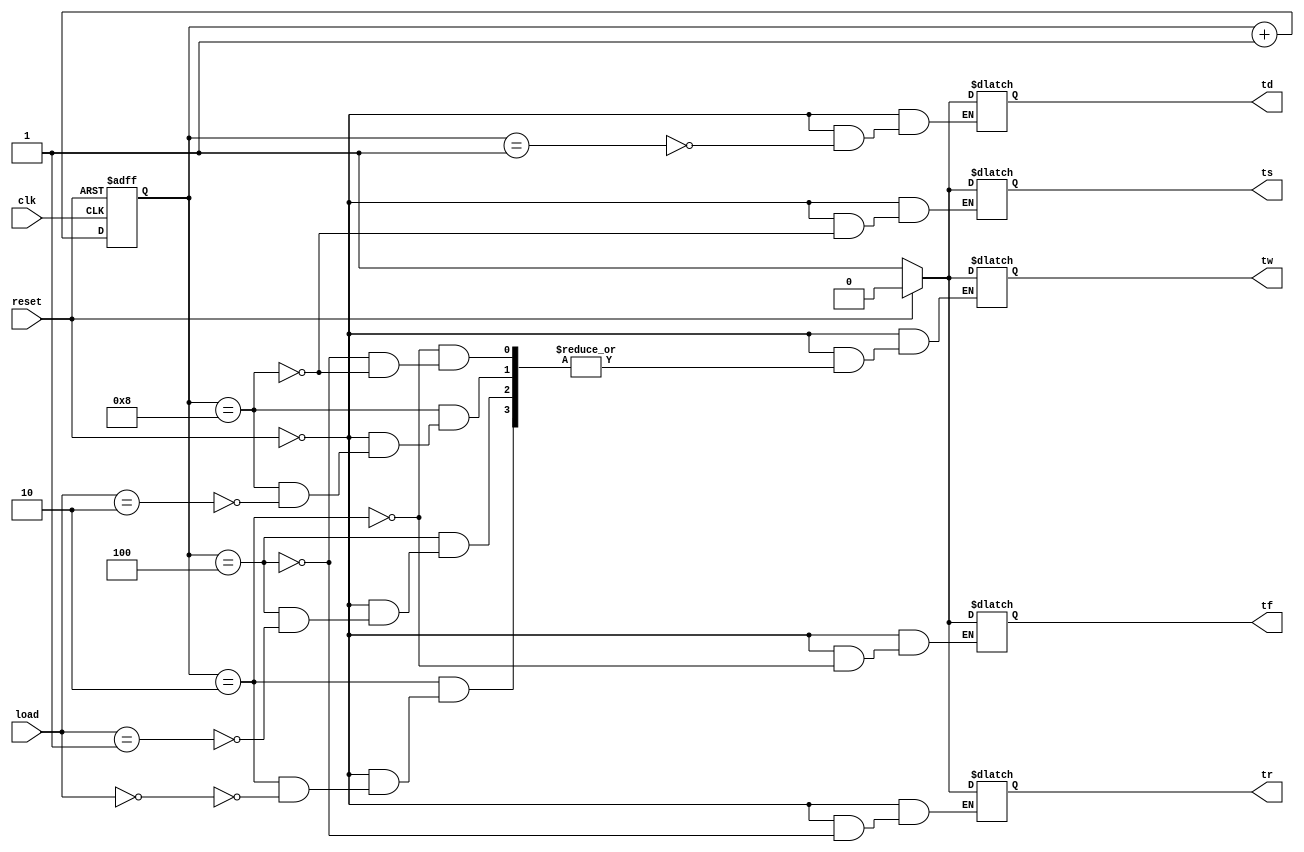
module  timer(clk, reset,
                td, tf, tr, ts, tw, load);
  parameter   ONE = 1,
              TWO = 2,
              FOUR = 4,
              EIGHT = 8,
              WIDTH = 8;

  //Port Declarations
  output td, tf, tr, ts, tw;
  input  [ONE : 0] load;
  input  clk, reset;

  //Nettype Definitions
  reg  [WIDTH-1 : 0]  out;
  reg  td, tf, tr, ts, tw;
  wire [ONE  : 0] load;
  wire clk, reset;

  //Non-Blocking Concurrent Logic
  always @(posedge clk or posedge reset) begin
    if (reset)
		out <= 0;
    else begin
		out <= out + 1;
    end
  end

  //Blocking Combinatorial Logic
  always @(*)
    if (reset) begin
      td = 0;
      tf = 0;
      tr = 0;
      ts = 0;
      tw = 0;
    end
    else begin
      case(out)
        ONE: begin
          td = ONE;
        end
        TWO: begin
          tf = ONE;
          if (load == 0)
            tw = ONE;
        end
        FOUR: begin
          tr = ONE;
          if (load == ONE)
            tw = ONE;
        end
        EIGHT: begin
          ts = ONE;
          if (load == TWO)
            tw = ONE;
        end
      endcase
    end

endmodule